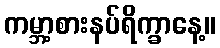
ကမ္ဘာ့စားနပ်ရိက္ခာနေ့။